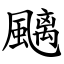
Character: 䬜